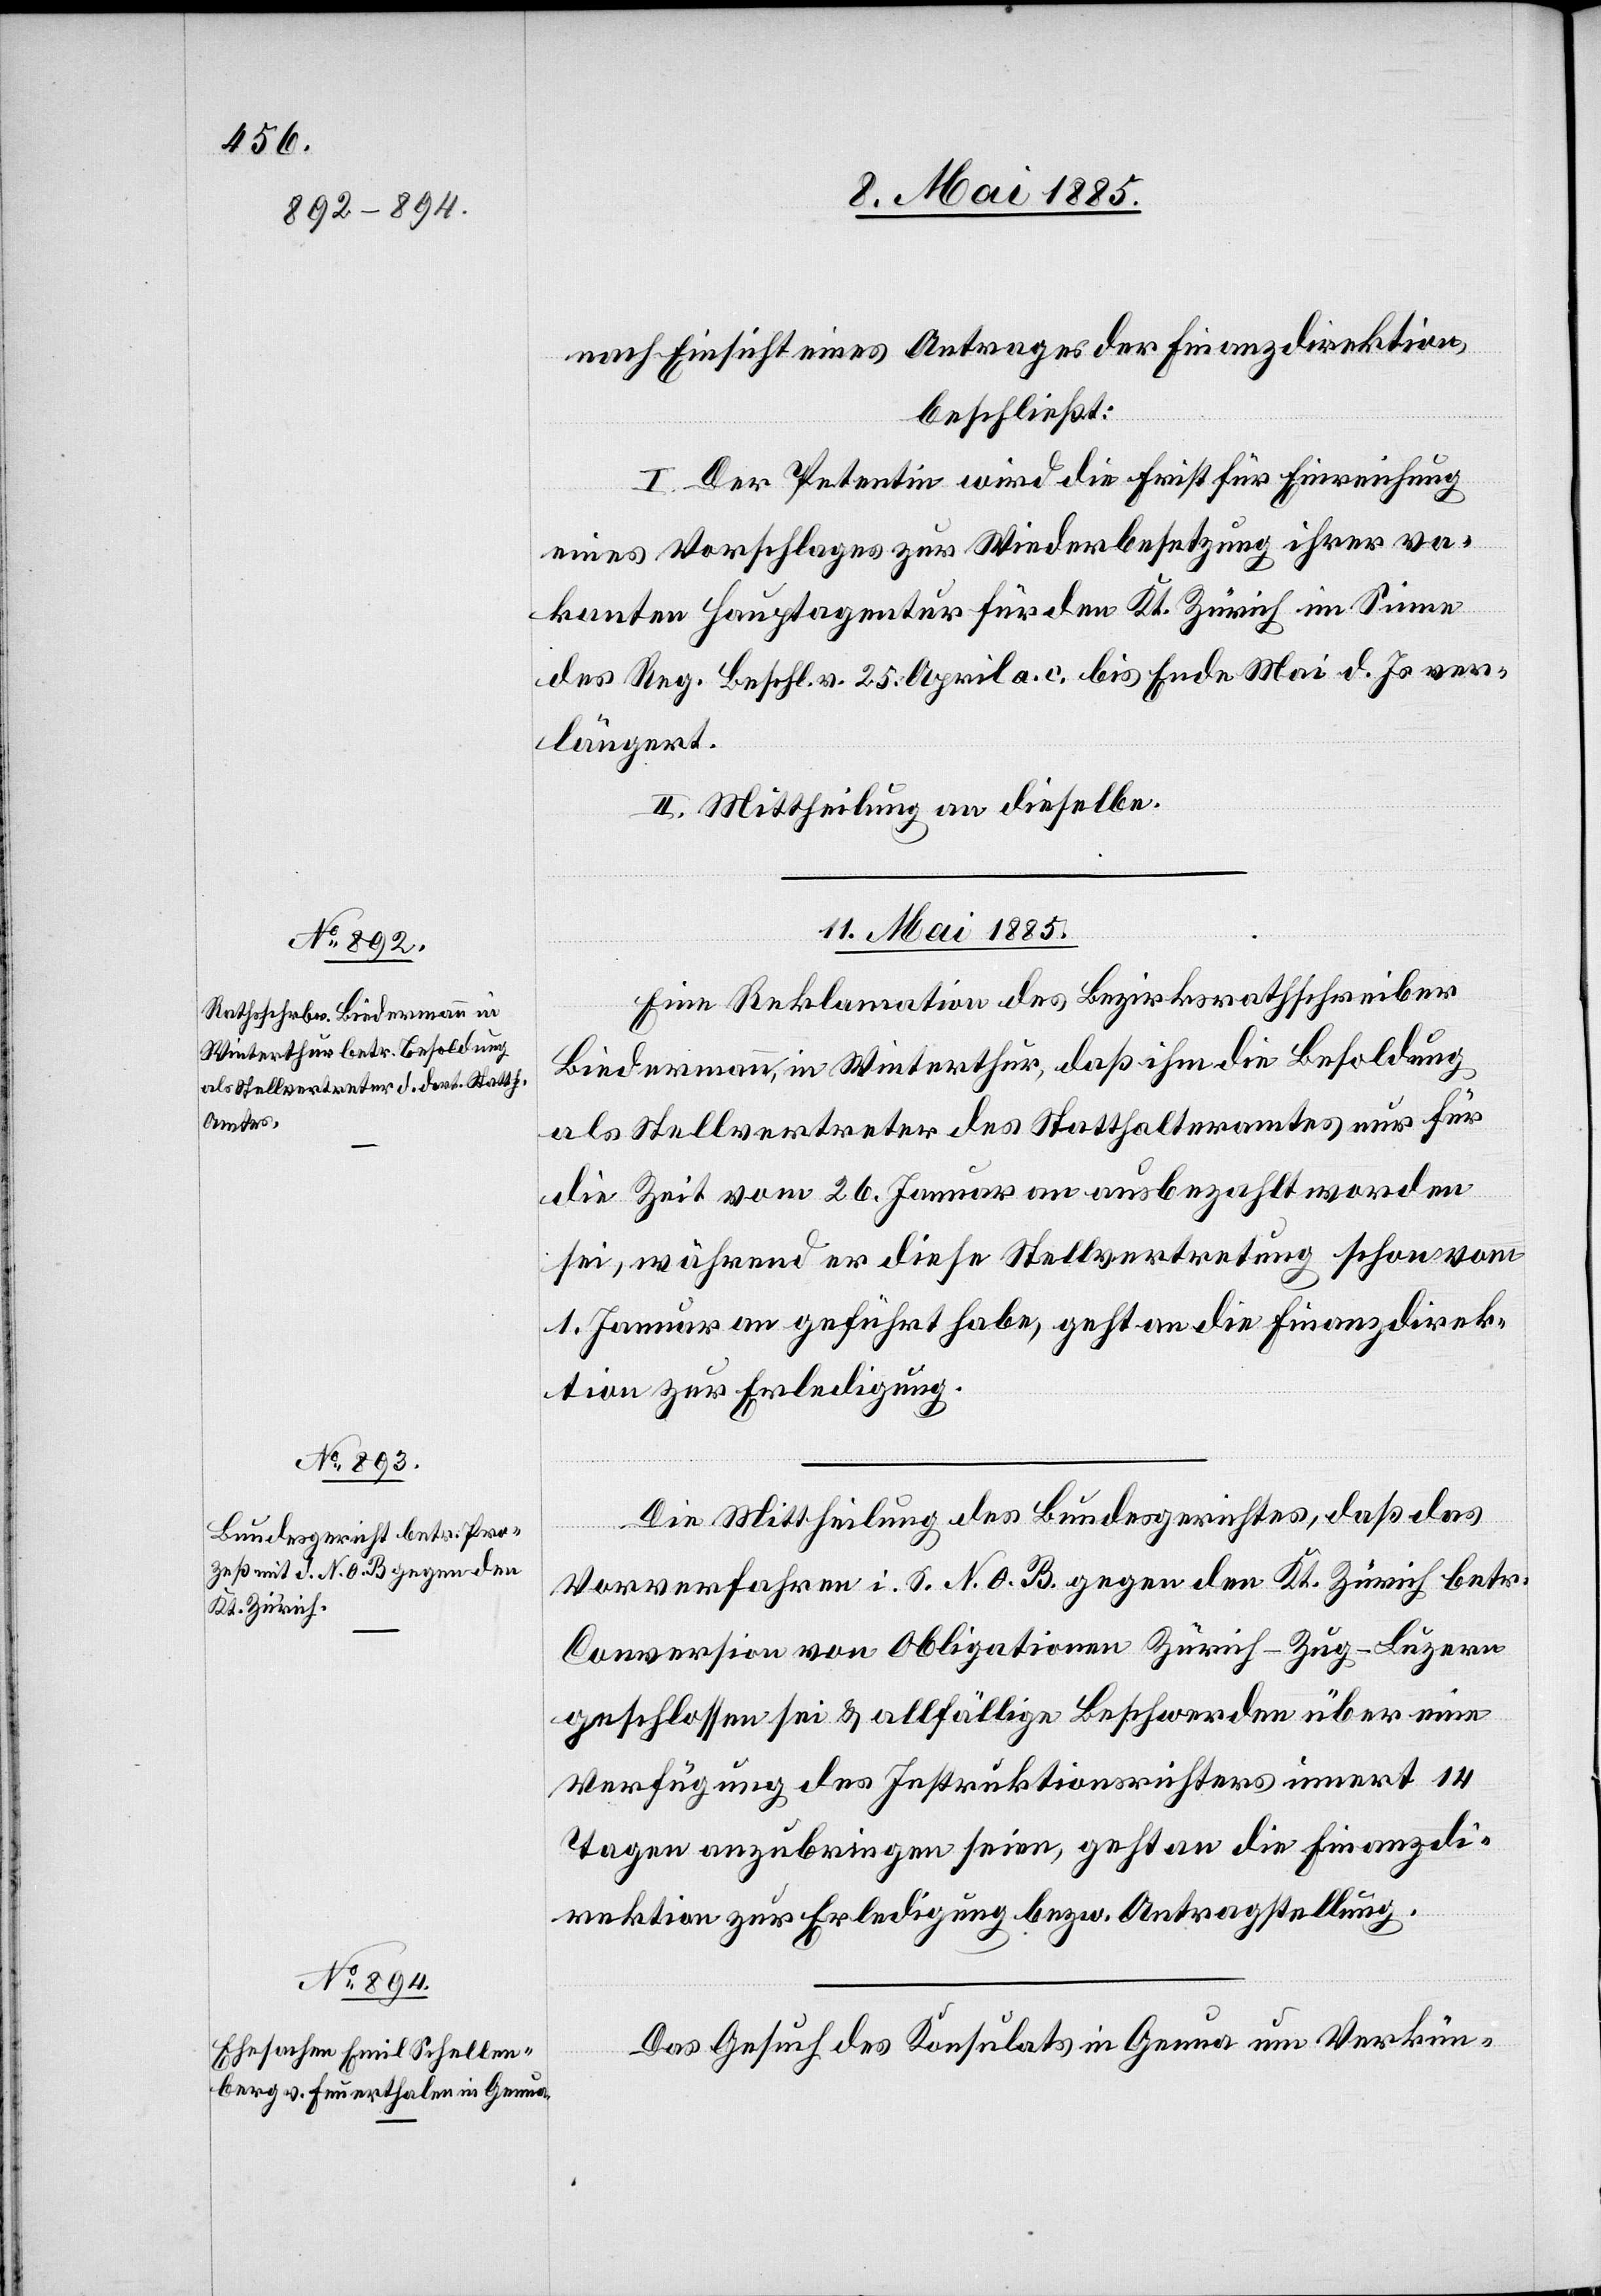
nach Einsicht eines Antrages der Finanzdirektion,
beschließt:
I. Der Petentin wird die Frist für Einreichung
eines Vorschlages zur Wiederbesetzung ihrer va¬
kanten Hauptagentur für den Kt. Zürich im Sinne
des Reg. Beschl. v. 25. April a. c. bis Ende Mai d. Js. ver¬
längert.
II. Mittheilung an dieselbe.
11. Mai 1885.]
Eine Reklamation des Bezirksrathsschreiber
Biedermann, in Winterthur, daß ihm die Besoldung
als Stellvertreter des Statthalteramtes nur für
die Zeit vom 26. Januar an ausbezahlt worden
sei, während er diese Stellvertretung schon vom
1. Januar an geführt habe, geht an die Finanzdirek¬
tion zur Erledigung.
Die Mittheilung des Bundesgerichtes, daß das
Vorverfahren i. S. N. O. B. gegen den Kt. Zürich betr.
Conversion von Obligationen Zürich–Zug–Luzern
geschlossen sei & allfällige Beschwerden über eine
Verfügung des Instruktionsrichters innert 14
Tagen anzubringen seien, geht an die Finanzdi¬
rektion zur Erledigung bezw. Antragstellung.
Das Gesuch des Konsulats in Genua um Verkün-